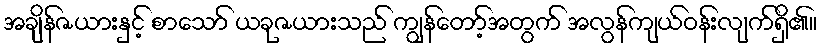
အချိန်ဇယားနှင့် စာသော် ယခုဇယားသည် ကျွန်တော့်အတွက် အလွန်ကျယ်ဝန်းလျက်ရှိ၏။